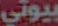
بيوتي